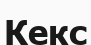
Кекс